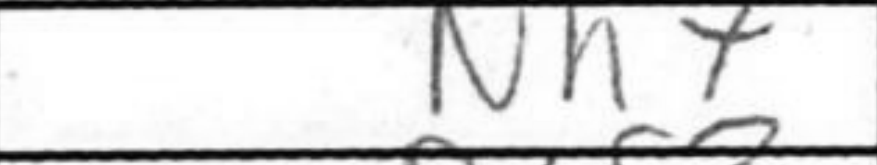
Transcription: Nh7